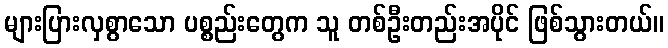
များပြားလှစွာသော ပစ္စည်းတွေက သူ တစ်ဦးတည်းအပိုင် ဖြစ်သွားတယ်။